Indian journal of veterinary science and animal husbandry - Volumes 18-21, 1948-1951
Year: 1948
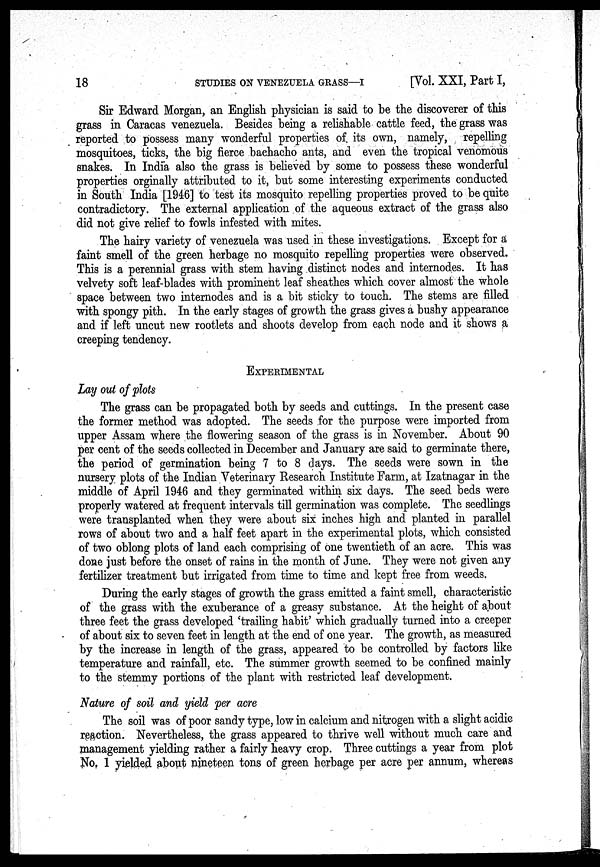
18
STUDIES ON VENEZUELA GRASS—I
[Vol. XXI, Part I,
Sir Edward Morgan, an English physician is said to be the discoverer of this
grass in Caracas venezuela. Besides being a relishable cattle feed, the grass was
reported to possess many wonderful properties of its own, namely, repelling
mosquitoes, ticks, the big fierce bachacho ants, and even the tropical venomous
snakes. In India also the grass is believed by some to possess these wonderful
properties orginally attributed to it, but some interesting experiments conducted
in South India [1946] to test its mosquito repelling properties proved to be quite
contradictory. The external application of the aqueous extract of the grass also
did not give relief to fowls infested with mites.
The hairy variety of venezuela was used in these investigations. Except for a
faint smell of the green herbage no mosquito repelling properties were observed.
This is a perennial grass with stem having distinct nodes and internodes. It has
velvety soft leaf-blades with prominent leaf sheathes which cover almost the whole
space between two internodes and is a bit sticky to touch. The stems are filled
with spongy pith. In the early stages of growth the grass gives a bushy appearance
and if left uncut new rootlets and shoots develop from each node and it shows a
creeping tendency.
EXPERIMENTAL
Lay out of plots
The grass can be propagated both by seeds and cuttings. In the present case
the former method was adopted. The seeds for the purpose were imported from
upper Assam where the flowering season of the grass is in November. About 90
per cent of the seeds collected in December and January are said to germinate there,
the period of germination being 7 to 8 days. The seeds were sown in the
nursery plots of the Indian Veterinary Research Institute Farm, at Izatnagar in the
middle of April 1946 and they germinated within six days. The seed beds were
properly watered at frequent intervals till germination was complete. The seedlings
were transplanted when they were about six inches high and planted in parallel
rows of about two and a half feet apart in the experimental plots, which consisted
of two oblong plots of land each comprising of one twentieth of an acre. This was
done just before the onset of rains in the month of June. They were not given any
fertilizer treatment but irrigated from time to time and kept free from weeds.
During the early stages of growth the grass emitted a faint smell, characteristic
of the grass with the exuberance of a greasy substance. At the height of about
three feet the grass developed 'trailing habit' which gradually turned into a creeper
of about six to seven feet in length at the end of one year. The growth, as measured
by the increase in length of the grass, appeared to be controlled by factors like
temperature and rainfall, etc. The summer growth seemed to be confined mainly
to the stemmy portions of the plant with restricted leaf development.
Nature of soil and yield per acre
The soil was of poor sandy type, low in calcium and nitrogen with a slight acidic
reaction. Nevertheless, the grass appeared to thrive well without much care and
management yielding rather a fairly heavy crop. Three cuttings a year from plot
No. 1 yielded about nineteen tons of green herbage per acre per annum, whereas